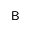
\mathsf { B }